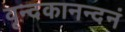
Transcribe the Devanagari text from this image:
वृन्दकानन्दनं